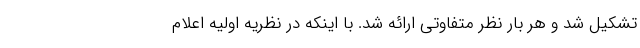
تشکیل شد و هر بار نظر متفاوتی ارائه شد. با اینکه در نظریه اولیه اعلام